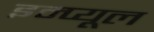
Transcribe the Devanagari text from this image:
इम्प्यूल